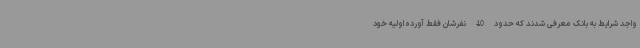
واجد شرایط به بانک معرفی شدند که حدود 40 نفرشان فقط آورده اولیه خود